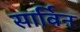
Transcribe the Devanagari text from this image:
सार्विन